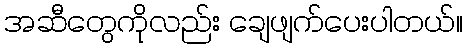
အဆီတွေကိုလည်း ချေဖျက်ပေးပါတယ်။